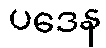
ပဒေန